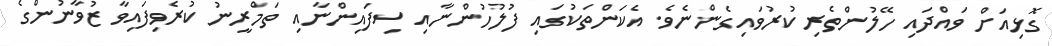
ގޮޅިއަށް ވައްދައި ހޭލުންތެރި ކުރުވައިގެންނެވެ. އެކަންތަކުގައި ފުލުހުންނާއި ސިފައިންނާއި ތަމްރީނު ކުރެވިފައިވާ ޒުވާނުންގެ